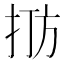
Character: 𪭫